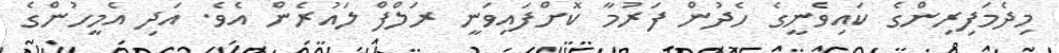
މިދެމަފިރިންގެ ކައިވެނީގެ ހެދުން ފަރުމާ ކޮށްފައިވަނީ ރަލްފް ލައުރެން އެވެ. އަދި އެމީހުންގެ